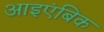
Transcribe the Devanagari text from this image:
आइएंबिक